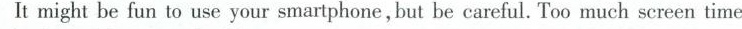
It might be fun to use your smartphone ,but be careful. Too much screen time